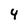
Character: 4